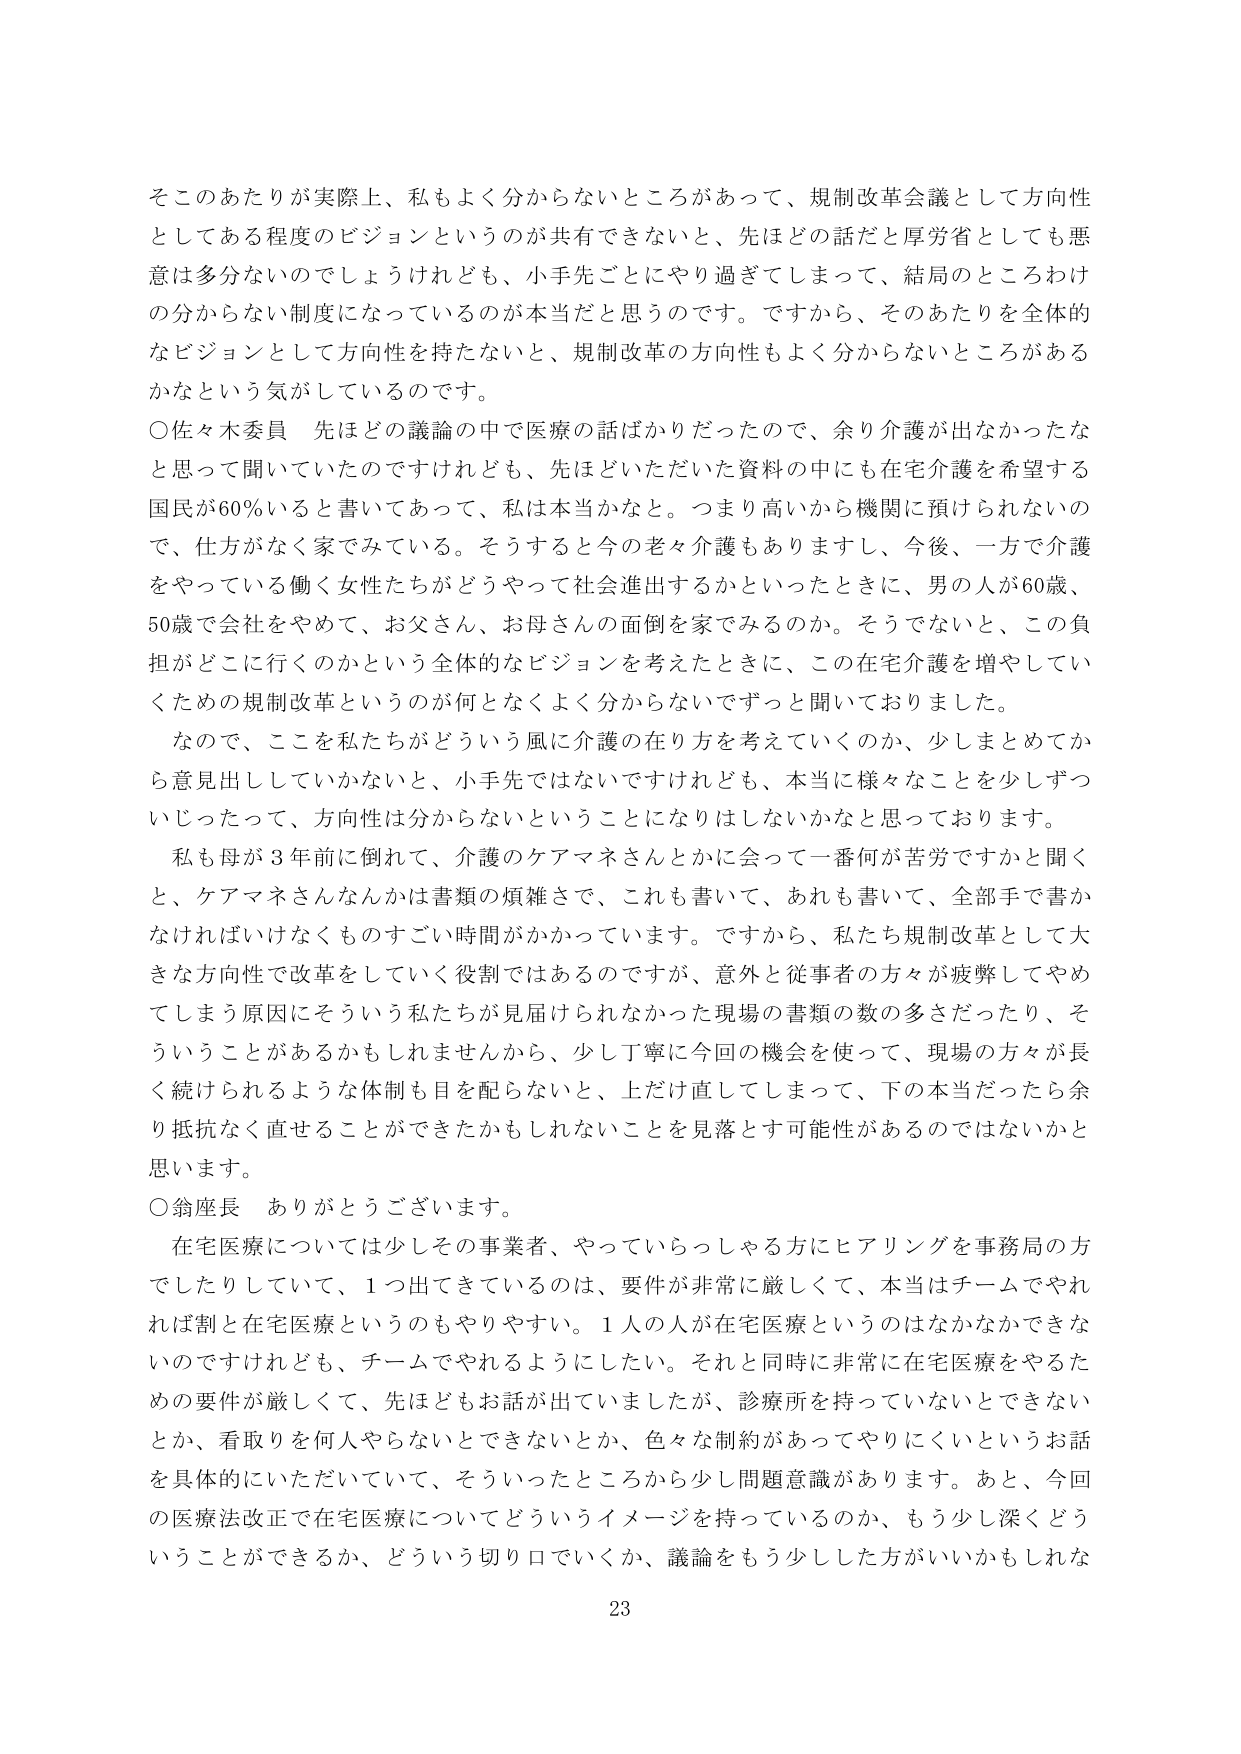
そのあたりが実際上、私もよく分からないところがあって、規制改革会議として方向性としてある程度のビジョンというのが共有できないと、先ほどの話だと厚労省としても悪意は多分ないのでしょうけれども、小手先ごとにやり過ぎてしまって、結局のところわけの分からない制度になっているのが本当だと思うのです。ですから、そのあたりを全体的なビジョンとして方向性を持たないと、規制改革の方向性もよく分からないところがあるかなという気がしているのです。

○佐々木委員　先ほどの議論の中で医療の話ばかりだったので、余り介護が出なかったなと思って聞いていたのですけれども、先ほどいただいた資料の中にも在宅介護を希望する国民が60％いると書いてあって、私は本当かなと。つまり高いから機関に預けられないので、仕方なく家でみている。そうすると今の老々介護もありますし、今後、一方で介護をやっている働く女性たちがどうやって社会進出するかといったときに、男の人が60歳、50歳で会社をやめて、お父さん、お母さんの面倒を家でみるのか。そうでないと、この負担がどこに行くのかという全体的なビジョンを考えたときに、この在宅介護を増やしていくための規制改革というのが何となくよく分からないですと聞いておりました。

なので、ここ私たちがどういう風に介護の在り方を考えていくのか、少しまとめてから意見出していかないといけない、小手先ではないですけれども、本当に様々なことを少しずついじったって、方向性は分からないということになりはしないかなと思っております。

私も母が3年前に倒れて、介護のケアマネさんとかに会って一番何が苦労ですかと聞くと、ケアマネさんなんかは書類の煩雑さで、これも書いて、あれも書いて、全部手で書かなければいけなくもすごい時間がかかっています。ですから、私たち規制改革として大きな方向性で改革をしていく役割ではあるのですが、意外と従事者の方々が疲弊してやめてしまう原因にそういう私たちが見届けられなかった現場の書類の数の多さだったり、そういうことがあるかもしれませんから、少し丁寧に今回の機会を使って、現場の方々が長く続けられるような体制も目を配らないと、上だけ直してしまって、下の本当だったら余り抵抗なく直せることができたかもしれないことを見落とす可能性があるのではないかと思います。

○翁座長　ありがとうございます。

在宅医療については少しその事業者、やっていらっしゃる方にヒアリングを事務局の方でしたりしていて、1つ出てきているのは、要件が非常に厳しくて、本当はチームでやれば割と在宅医療というのもやりやすい。1人の人が在宅医療というのはなかなかできないのですけれども、チームでやれるようにしたい。それと同時に非常に在宅医療をやるための要件が厳しくて、先ほどもお話が出ていましたが、診療所を持っていないとできないとか、看取りを何人やらないとできないとか、色々な制約があってやりにくいというお話を具体的にいただいていて、そういったところから少し問題意識があります。あと、今回の医療法改正で在宅医療についてどういうイメージを持っているのか、もう少し深くどういうことができるか、どういう切り口でいくか、議論をもう少しした方がいいかもしれな

23